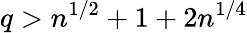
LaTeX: q>n^{1/2}+1+2n^{1/4}